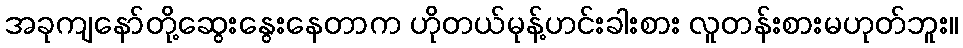
အခုကျနော်တို့ဆွေးနွေးနေတာက ဟိုတယ်မုန့်ဟင်းခါးစား လူတန်းစားမဟုတ်ဘူး။